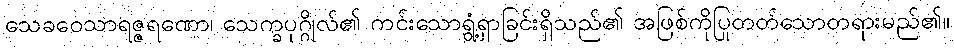
သေခဝေသာရဇ္ဇရဏော၊ သေက္ခပုဂ္ဂိုလ်၏ ကင်းသောရွံ့ရှာခြင်းရှိသည်၏ အဖြစ်ကိုပြုတတ်သောတရားမည်၏။